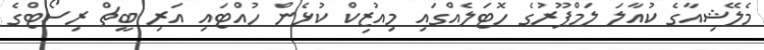
މެލޭޝިއާގެ ކުއާލަ ލަމްޕޫރުގެ ހޮޓަލެއްގައި މިއުޒިކް ކުޅެން ހުއްޓައި އަރި ބީޗް ރިސޯޓްގެ